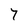
Character: 7